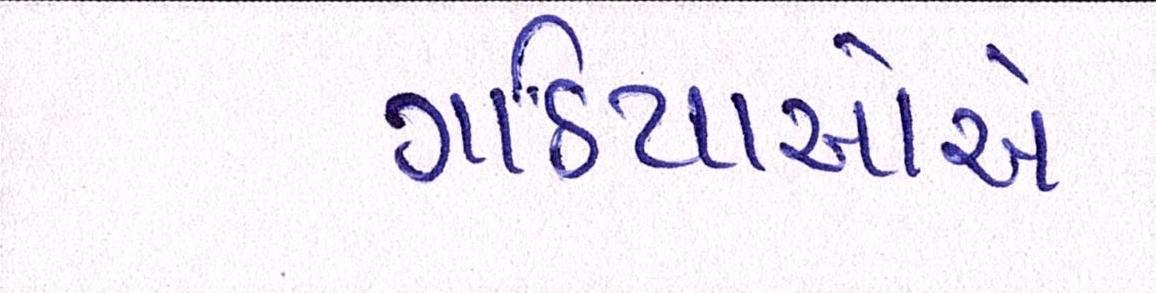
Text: ગઠિયાઓએ